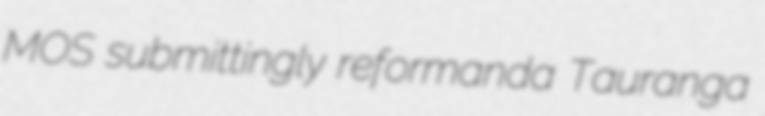
MOS submittingly reformanda Tauranga